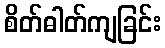
စိတ်ဓါတ်ကျခြင်း